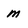
Character: m